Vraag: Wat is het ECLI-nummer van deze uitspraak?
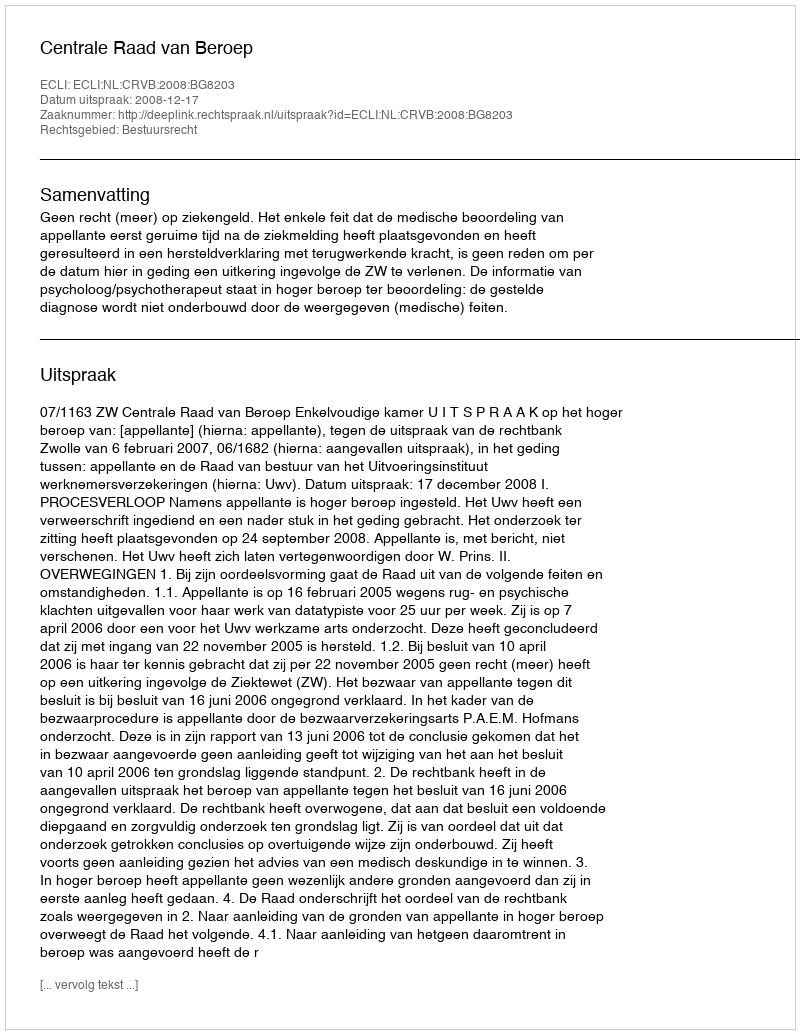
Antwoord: ECLI:NL:CRVB:2008:BG8203